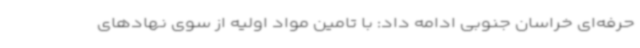
حرفه‌ای خراسان جنوبی ادامه داد: با تامین مواد اولیه از سوی نهادهای